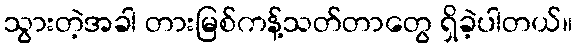
သွားတဲ့အခါ တားမြစ်ကန့်သတ်တာတွေ ရှိခဲ့ပါတယ်။